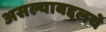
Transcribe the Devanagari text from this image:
असल्याबद्दलचे